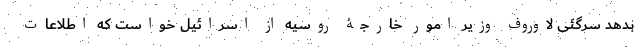
بدهد سرگئی لاوروف وزیر امور خارجۀ روسیه از اسرائیل خواست که اطلاعات